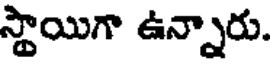
స్థాయిగా ఉన్నారు.